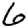
Digit: 6